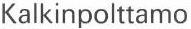
Kalkinpolttamo